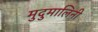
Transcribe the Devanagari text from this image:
मुदुमालिनी